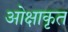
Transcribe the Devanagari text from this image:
ओक्षाकृत